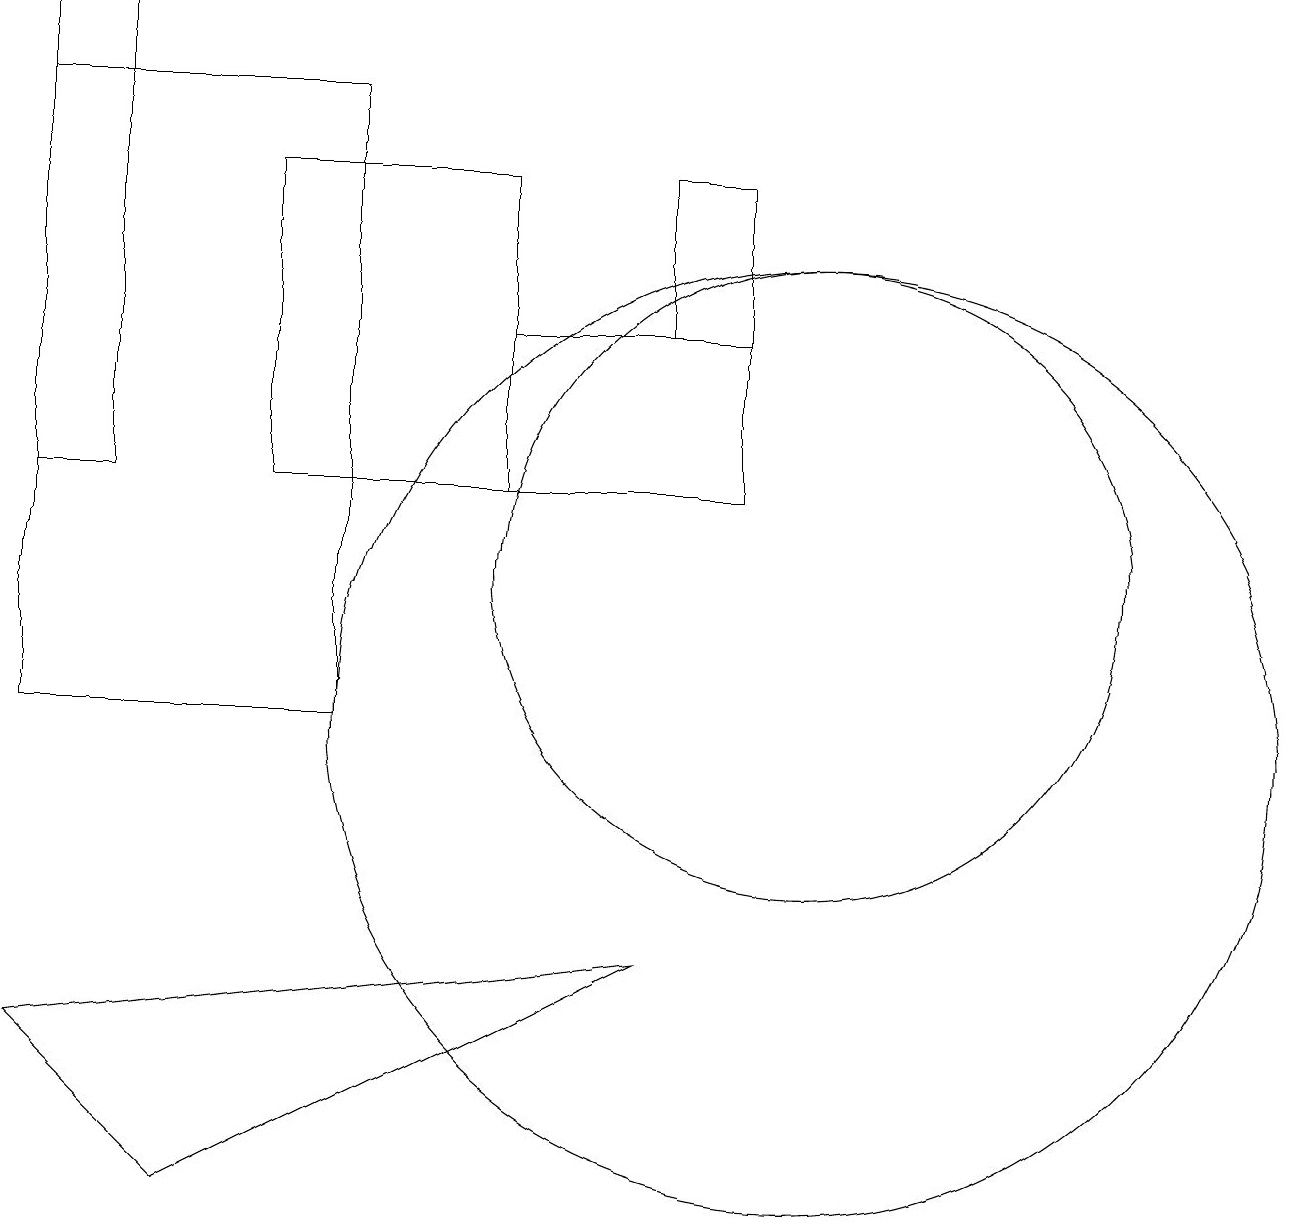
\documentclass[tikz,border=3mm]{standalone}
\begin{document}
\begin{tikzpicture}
\draw (8,17) rectangle (9,15);
\draw (10,10) circle (6);
\draw (8,7) -- (0,6) -- (2,4) -- cycle;
\draw (0,10) rectangle (4,18);
\draw (0,19) rectangle (1,13);
\draw (3,13) rectangle (6,17);
\draw (10,12) circle (4);
\draw (9,13) rectangle (6,15);
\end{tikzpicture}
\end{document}